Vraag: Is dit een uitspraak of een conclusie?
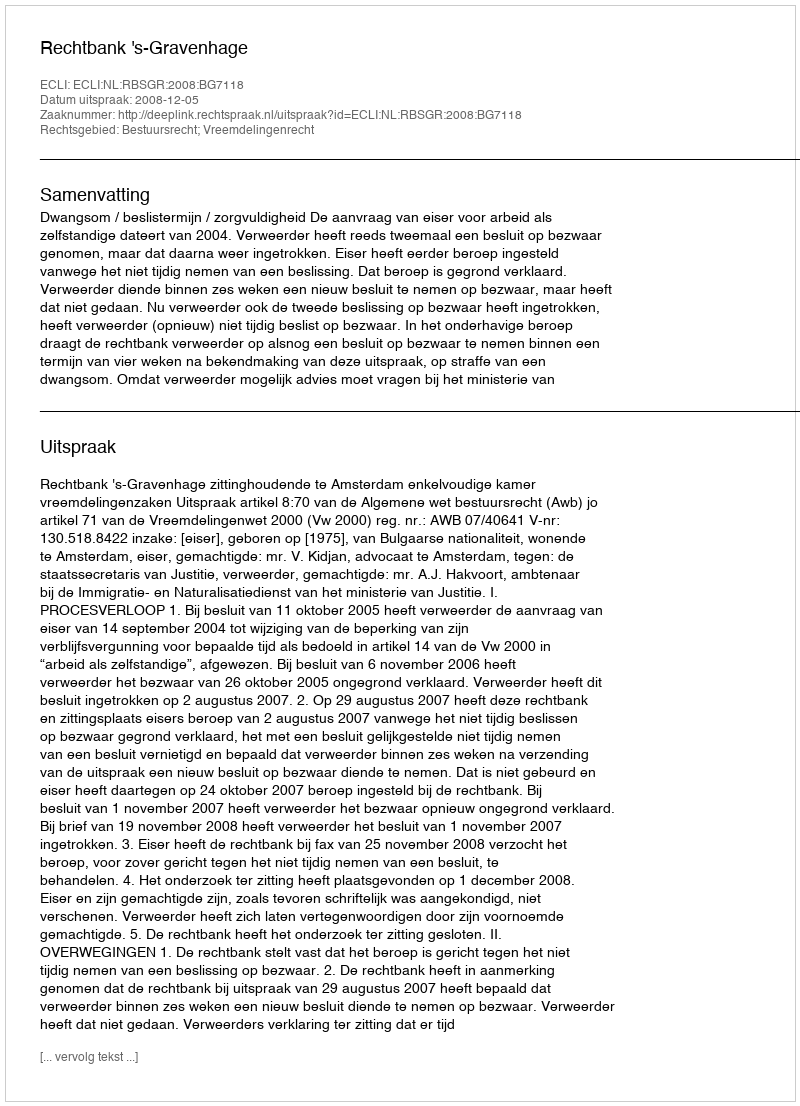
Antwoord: Uitspraak